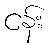
ငန်း